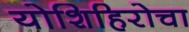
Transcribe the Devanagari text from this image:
योशिहिरोचा